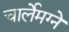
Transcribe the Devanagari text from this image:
चार्लेमग्ने